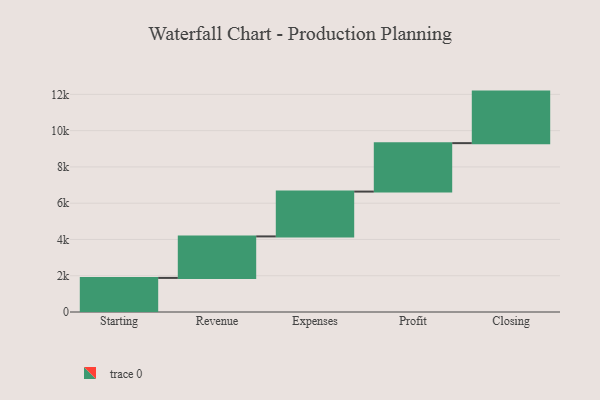
{"axis": {"x": "Step", "y": "Value"}, "legend": [""], "data": [{"x": "Starting", "y": 1880.0, "type": ""}, {"x": "Revenue", "y": 2288.0, "type": ""}, {"x": "Expenses", "y": 2472.0, "type": ""}, {"x": "Profit", "y": 2671.0, "type": ""}, {"x": "Closing", "y": 2842.0, "type": ""}]}